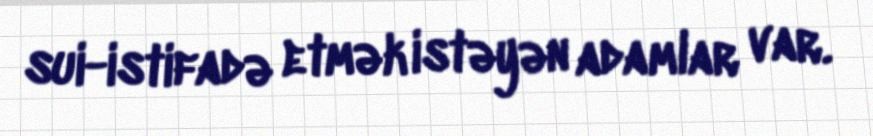
sui-istifadə etmək istəyən adamlar var.